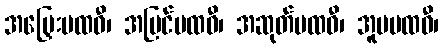
အမြှေးပထဝီ၊ အပြင်ပထဝီ၊ အဆုတ်ပထဝီ၊ အူမပထဝီ၊